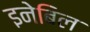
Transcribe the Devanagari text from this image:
इनेबिल